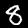
Label: 8